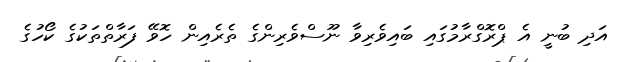
އަދި ބުނީ އެ ޕްރޮގްރާމުގައި ބައިވެރިވާ ނޫސްވެރިންގެ ތެރެއިން ހޮވޭ ފަރާތްތަކުގެ ކޯހުގެ